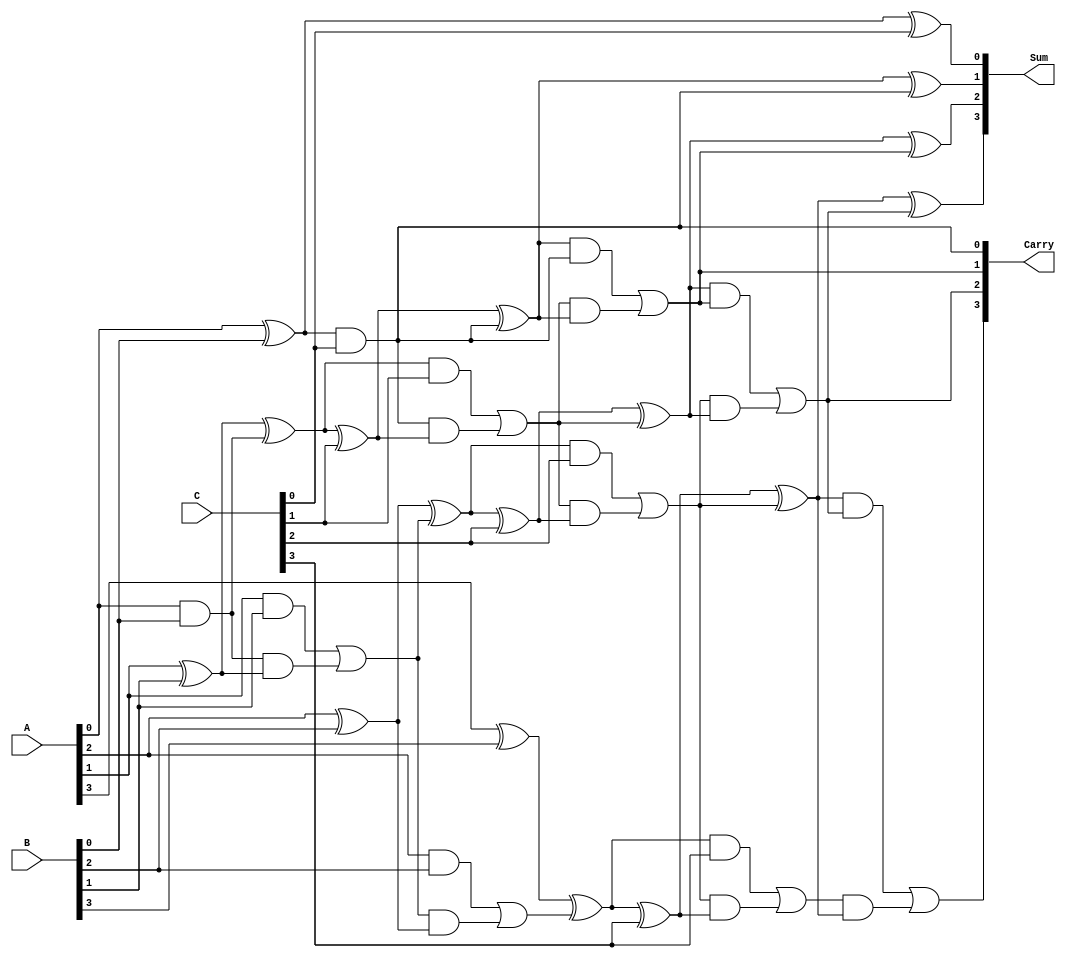
module Modified_Carry_Save_Adder #(parameter WIDTH = 4) (
    input  [WIDTH-1:0] A,  // First operand
    input  [WIDTH-1:0] B,  // Second operand
    input  [WIDTH-1:0] C,  // Third operand
    output [WIDTH-1:0] Sum, // Sum output
    output [WIDTH-1:0] Carry // Carry output
);

    // Intermediate signals for partial sums and carries
    wire [WIDTH-1:0] P1, P2, P3; // Partial sums
    wire [WIDTH-1:0] C1, C2, C3; // Partial carries

    // Generate partial sums and carries using half adders and full adders
    genvar i;
    generate
        for (i = 0; i < WIDTH; i = i + 1) begin : adder_stage
            // Half adder for A and B
            if (i == 0) begin
                assign P1[i] = A[i] ^ B[i]; // Sum
                assign C1[i] = A[i] & B[i]; // Carry
            end else begin
                assign P1[i] = A[i] ^ B[i] ^ C1[i-1]; // Sum
                assign C1[i] = (A[i] & B[i]) | (C1[i-1] & (A[i] ^ B[i])); // Carry
            end
            
            // Half adder for P1 and C
            if (i == 0) begin
                assign P2[i] = P1[i] ^ C[i]; // Sum
                assign C2[i] = P1[i] & C[i]; // Carry
            end else begin
                assign P2[i] = P1[i] ^ C[i] ^ C2[i-1]; // Sum
                assign C2[i] = (P1[i] & C[i]) | (C2[i-1] & (P1[i] ^ C[i])); // Carry
            end
            
            // Final carry generation
            if (i == 0) begin
                assign P3[i] = P2[i]; // Final sum
                assign C3[i] = C2[i]; // Final carry
            end else begin
                assign P3[i] = P2[i] ^ C3[i-1]; // Final sum
                assign C3[i] = (P2[i] & C3[i-1]) | (C2[i] & P2[i]); // Final carry
            end
        end
    endgenerate

    // Final outputs
    assign Sum = P3; // Final sum output
    assign Carry = C3; // Final carry output

endmodule